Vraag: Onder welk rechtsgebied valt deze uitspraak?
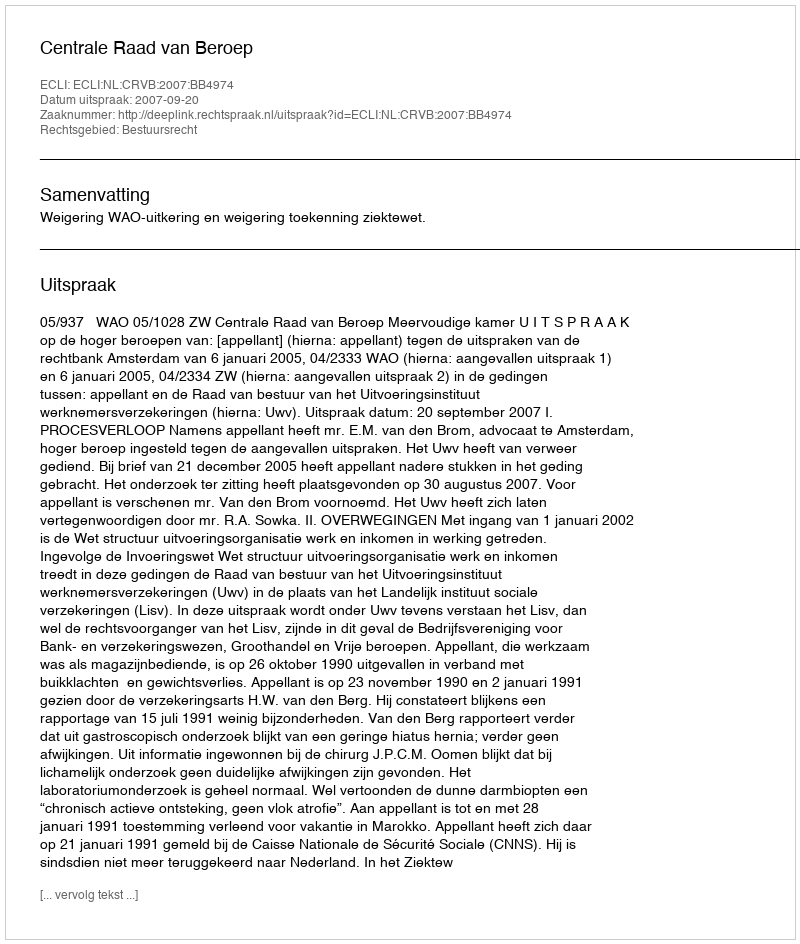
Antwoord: Bestuursrecht